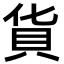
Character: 貨